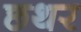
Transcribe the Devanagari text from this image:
छथर